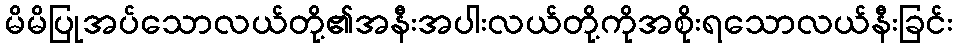
မိမိပြုအပ်သောလယ်တို့၏အနီးအပါးလယ်တို့ကိုအစိုးရသောလယ်နီးခြင်း